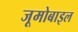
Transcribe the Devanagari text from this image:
जूमोबाइल